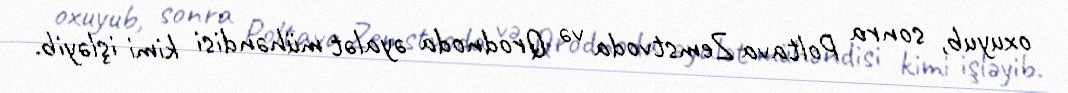
oxuyub, sonra Poltava Zemstvoda və Qrodnoda əyalət mühəndisi kimi işləyib.